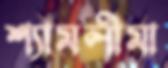
শ্যামলীমা